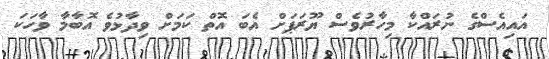
އައިއެސްގެ ނުރައްކާ މިހާރުވެސް ޔޫރަޕަށް އެބަ އޮތް ކަމަށް ވިދާޅުވެ އޮބާމާ ވާހަކަ